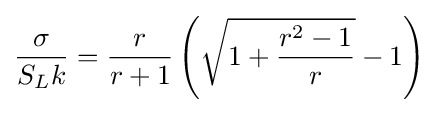
{\frac {\sigma }{S_{L}k}}={\frac {r}{r+1}}\left({\sqrt {1+{\frac {r^{2}-1}{r}}}}-1\right)